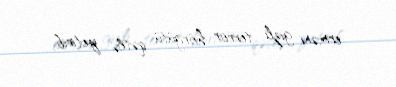
erməni gizli terror hörgütü qətlə yetirib.